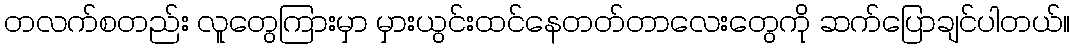
တလက်စတည်း လူတွေကြားမှာ မှားယွင်းထင်နေတတ်တာလေးတွေကို ဆက်ပြောချင်ပါတယ်။